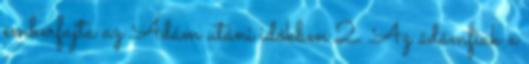
emberfajta az Ádám utáni időkben 2. Az ádámfiak a